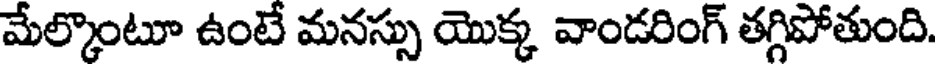
మేల్కొంటూ ఉంటే మనస్సు యొక్క వాండరింగ్ తగ్గిపోతుంది.